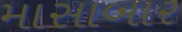
માસાબાર